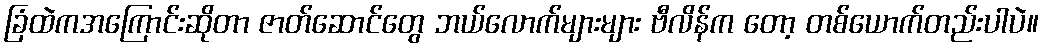
ခြံထဲကအကြောင်းဆိုတာ ဇာတ်ဆောင်တွေ ဘယ်လောက်များများ ဗီလိန်က တော့ တစ်ယောက်တည်းပါပဲ။